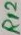
Text: R12